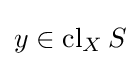
y\in \operatorname {cl} _{X}S